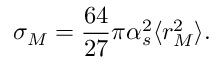
\sigma _ { M } = \frac { 6 4 } { 2 7 } \pi \alpha _ { s } ^ { 2 } \langle { r _ { M } ^ { 2 } } \rangle .